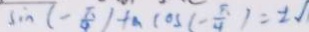
\sin ( - \frac { \pi } { 4 } ) + a \cos ( - \frac { \pi } { 4 } ) = \pm